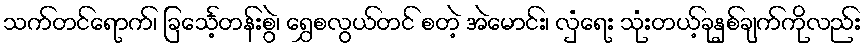
သက်တင်ရောက်၊ ခြင်္သေ့တန်းစွဲ၊ ရွှေစလွယ်တင် စတဲ့ အဲမောင်း၊ လှံရေး သုံးတယ့်ခုနှစ်ချက်ကိုလည်း